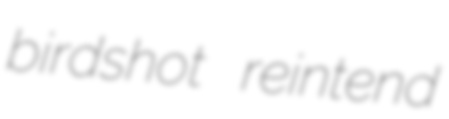
birdshot reintend